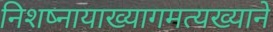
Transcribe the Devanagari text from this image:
निशष्नायाख्यागमत्यख्याने